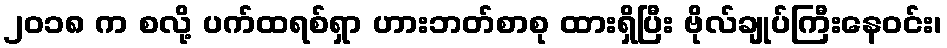
၂၀၁၈ က စလို့ ပက်ထရစ်ရှာ ဟားဘတ်စာစု ထားရှိပြီး ဗိုလ်ချုပ်ကြီးနေဝင်း၊